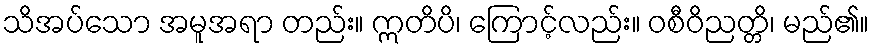
သိအပ်သော အမူအရာ တည်း။ ဣတိပိ၊ ကြောင့်လည်း။ ဝစီဝိညတ္တိ၊ မည်၏။